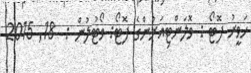
ހަވީރު ފޮޓޯ : ވޮލަންޓިއަރުންގެ ފޮޓޯ: ވޯޓުލުން :  18